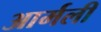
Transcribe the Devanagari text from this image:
आर्मली